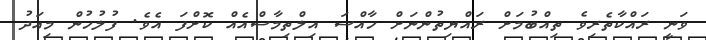
ވަނީ ރައްކާތެރިވެ ތިއްބުމަށް ރައްޔިތުންނަށް ހާއްސަ އިލްތިމާސްއެއް ކޮށްފަ އެވެ. ފުލުހުން މިއަދު